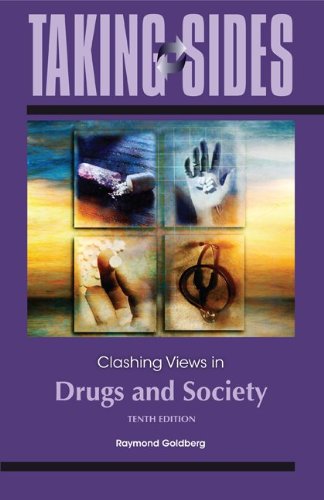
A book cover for Taking Sides: Clashing Views in Drugs and Society; Raymond Goldberg; Health, Fitness & Dieting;